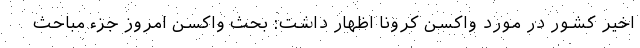
اخیر کشور در مورد واکسن کرونا اظهار داشت: بحث واکسن امروز جزء مباحث